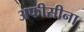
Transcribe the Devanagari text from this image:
अफीसीना